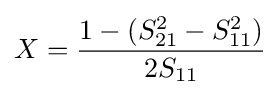
X={\frac {1-(S_{21}^{2}-S_{11}^{2})}{2S_{11}}}